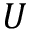
U